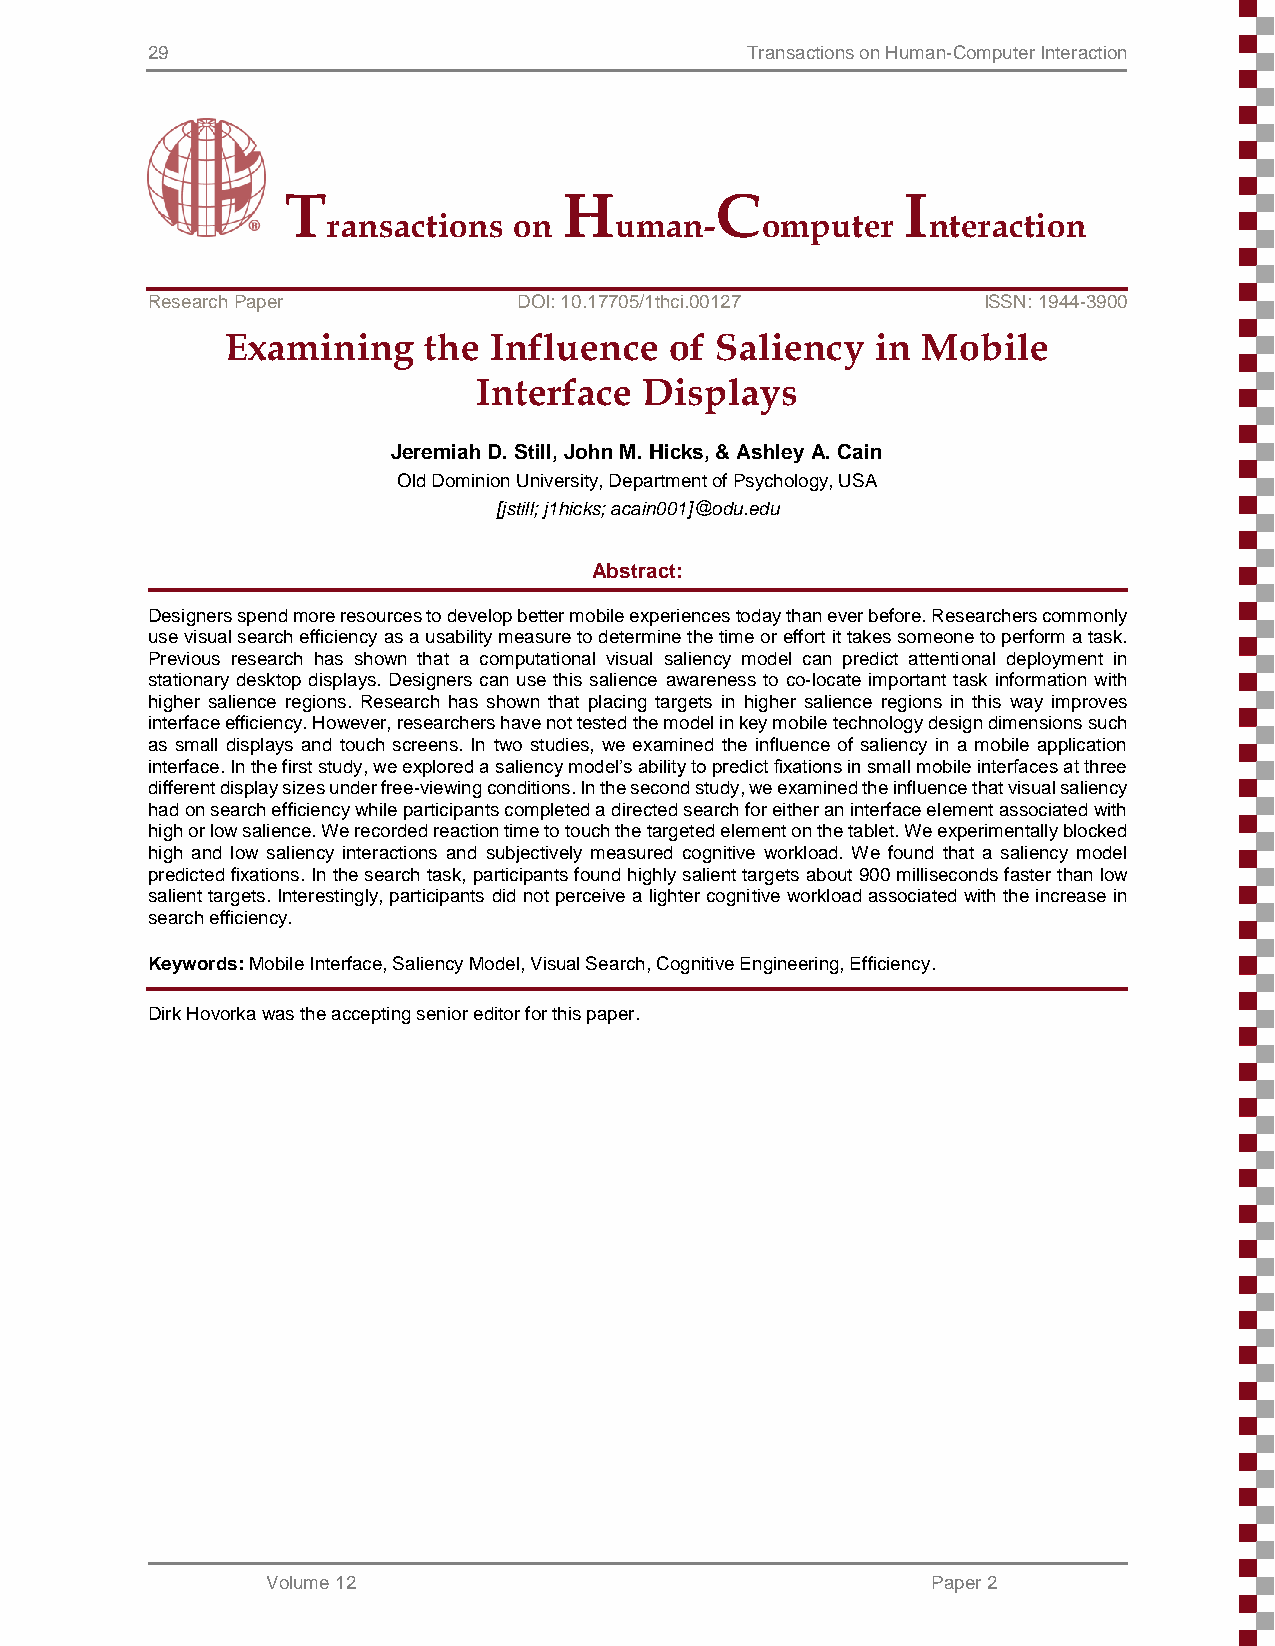
29                                     Transactions on Human-Computer Interaction
 T                 H         C            I
 ransactions on     uman-    omputer    nteraction
 Research Paper          DOI: 10.17705/1thci.00127      ISSN: 1944-3900
 Examining    the Influence   of Saliency   in Mobile
 Interface  Displays
 Jeremiah D. Still, John M. Hicks, & Ashley A. Cain
 Old Dominion University, Department of Psychology, USA
 [jstill; j1hicks; acain001]@odu.edu
 Abstract:
 Designers spend more resources to develop better mobile experiences today than ever before. Researchers commonly
 use visual search efficiency as a usability measure to determine the time or effort it takes someone to perform a task.
 Previous research has shown that a computational visual saliency model can predict attentional deployment in
 stationary desktop displays. Designers can use this salience awareness to co-locate important task information with
 higher salience regions. Research has shown that placing targets in higher salience regions in this way improves
 interface efficiency. However, researchers have not tested the model in key mobile technology design dimensions such
 as small displays and touch screens. In two studies, we examined the influence of saliency in a mobile application
 interface. In the first study, we explored a saliency model’s ability to predict fixations in small mobile interfaces at three
 different display sizes under free-viewing conditions. In the second study, we examined the influence that visual saliency
 had on search efficiency while participants completed a directed search for either an interface element associated with
 high or low salience. We recorded reaction time to touch the targeted element on the tablet. We experimentally blocked
 high and low saliency interactions and subjectively measured cognitive workload. We found that a saliency model
 predicted fixations. In the search task, participants found highly salient targets about 900 milliseconds faster than low
 salient targets. Interestingly, participants did not perceive a lighter cognitive workload associated with the increase in
 search efficiency.
 Keywords: Mobile Interface, Saliency Model, Visual Search, Cognitive Engineering, Efficiency.
 Dirk Hovorka was the accepting senior editor for this paper.
 Volume 12                                   Paper 2